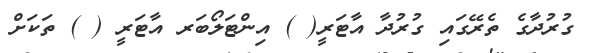
ގުރުދާގެ ތެރޭގައި ގުރުދާ އާޓަރީ( ) އިންޓަލޯބަރ އާޓަރީ ( ) ތަކަށް